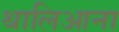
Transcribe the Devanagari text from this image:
थालिआना